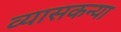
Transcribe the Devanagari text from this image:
व्यासकन्या